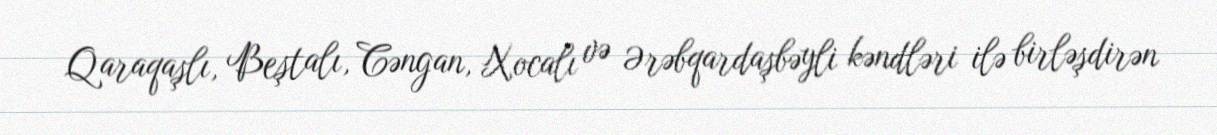
Qaraqaşlı, Beştalı, Cəngan, Xocalı və Ərəbqardaşbəyli kəndləri ilə birləşdirən